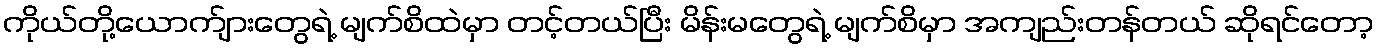
ကိုယ်တို့ယောက်ျားတွေရဲ့ မျက်စိထဲမှာ တင့်တယ်ပြီး မိန်းမတွေရဲ့ မျက်စိမှာ အကျည်းတန်တယ် ဆိုရင်တော့